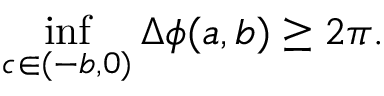
\operatorname* { i n f } _ { c \in ( - b , 0 ) } \Delta \phi ( a , b ) \geq 2 \pi .